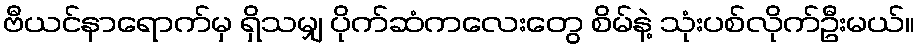
ဗီယင်နာရောက်မှ ရှိသမျှ ပိုက်ဆံကလေးတွေ စိမ်နဲ့ သုံးပစ်လိုက်ဦးမယ်။